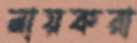
নায়করা